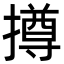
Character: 撙